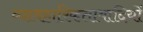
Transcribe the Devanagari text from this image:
व्यावहारिकतावादियों